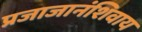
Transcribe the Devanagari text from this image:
प्रजाजानंशिवाय